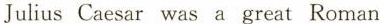
Julius Caesar was a great Roman